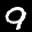
Label: 9